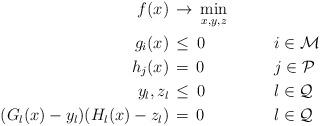
LaTeX: \begin{align*}\begin{aligned}f(x)&\,\to\,\min\limits_{x,y,z}&&&\\g_i(x)&\,\leq\,0&\qquad&i\in\mathcal M&\\h_j(x)&\,=\,0&&j\in\mathcal P&\\y_l,z_l&\,\leq\,0&&l\in\mathcal Q&\\(G_l(x)-y_l)(H_l(x)-z_l)&\,=\,0&&l\in\mathcal Q&\end{aligned}\end{align*}